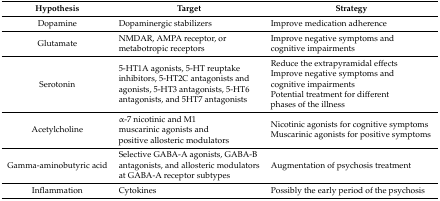
| Hypothesis | Target | Strategy |
 | --- | --- | --- |
 | Dopamine | Dopaminergic stabilizers | Improve medication adherence |
 | Glutamate | NMDAR, AMPA receptor, or metabotropic receptors | Improve negative symptoms and cognitive impairments |
 | Serotonin | 5-HT1A agonists, 5-HT reuptake inhibitors, 5-HT2C antagonists and agonists, 5-HT3 antagonists, 5-HT6 antagonists, and 5HT7 antagonists | Reduce the extrapyramidal effects Improve negative symptoms and cognitive impairments Potential treatment for different phases of the illness |
 | Acetylcholine | α-7 nicotinic and M1 muscarinic agonists and positive allosteric modulators | Nicotinic agonists for cognitive symptoms Muscarinic agonists for positive symptoms |
 | Gamma-aminobutyric acid | Selective GABA-A agonists, GABA-B antagonists, and allosteric modulators at GABA-A receptor subtypes | Augmentation of psychosis treatment |
 | Inflammation | Cytokines | Possibly the early period of the psychosis |